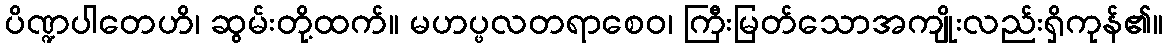
ပိဏ္ဍပါတေဟိ၊ ဆွမ်းတို့ထက်။ မဟပ္ဖလတရာစေဝ၊ ကြီးမြတ်သောအကျိုးလည်းရှိကုန်၏။